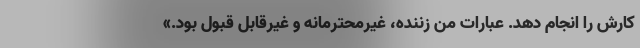
کارش را انجام دهد. عبارات من زننده، غیرمحترمانه و غیرقابل قبول بود.»